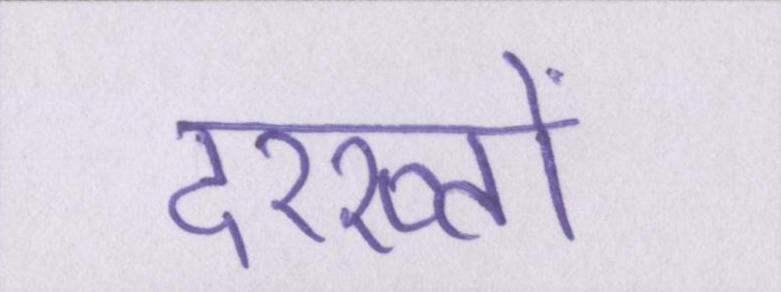
दरख्तों